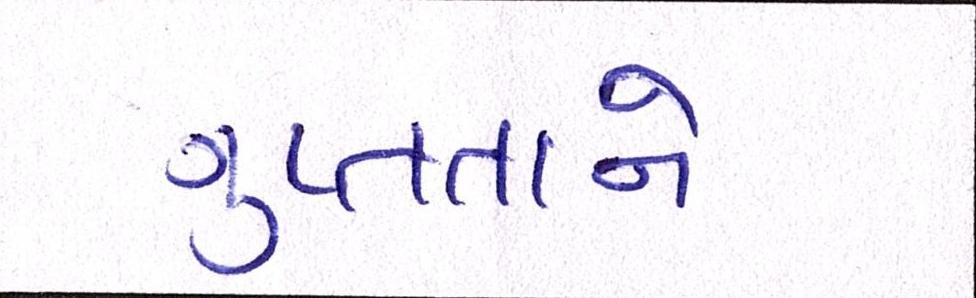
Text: ગુપ્તતાને